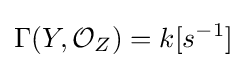
\Gamma (Y,{\mathcal {O}}_{Z})=k[s^{-1}]